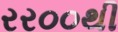
રર૦૦થી